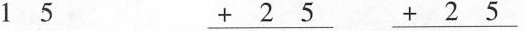
15\underline{+25}\underline{+25}